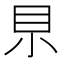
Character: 𡭨